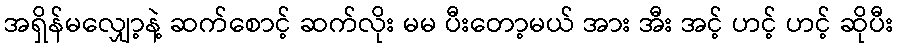
အရှိန်မလျှော့နဲ့ ဆက်စောင့် ဆက်လိုး မမ ပီးတော့မယ် အား အီး အင့် ဟင့် ဟင့် ဆိုပီး